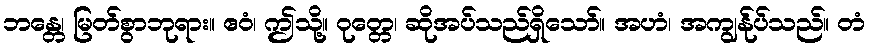
ဘန္တေ၊ မြတ်စွာဘုရား။ ဧဝံ၊ ဤသို့။ ဝုတ္တေ၊ ဆိုအပ်သည်ရှိသော်။ အဟံ၊ အကျွန်ုပ်သည်။ တံ